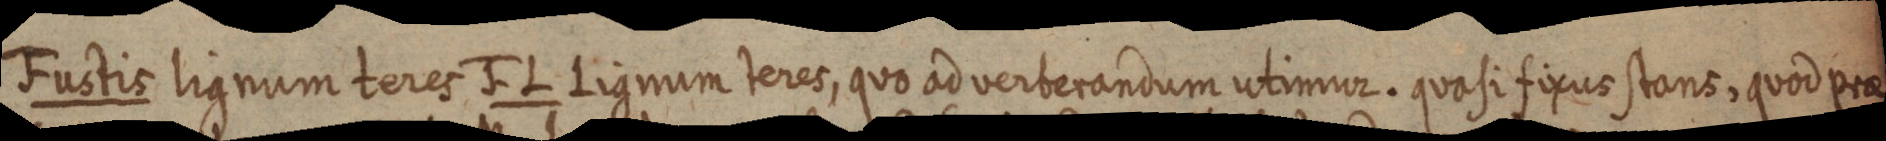
Fustis lignum teres J. L Lignum teres, quo ad verberandum utimur. quasi fixus stant, quod prae